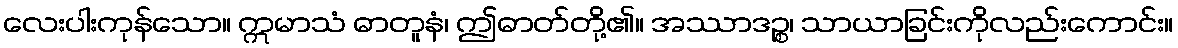
လေးပါးကုန်သော။ ဣမာသံ ဓာတူနံ၊ ဤဓာတ်တို့၏။ အဿာဒဉ္စ၊ သာယာခြင်းကိုလည်းကောင်း။